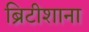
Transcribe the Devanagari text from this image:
ब्रिटीशाना